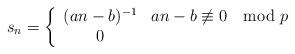
LaTeX: \begin{align*}s_n =\left\{ \begin{array}{cl} (an-b)^{-1} & an-b\not \equiv 0 \mod p\\ 0 & \end{array}\right.\end{align*}